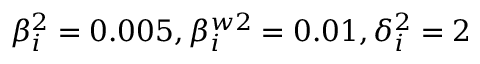
\beta _ { i } ^ { 2 } = 0 . 0 0 5 , \beta _ { i } ^ { w 2 } = 0 . 0 1 , \delta _ { i } ^ { 2 } = 2